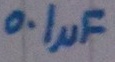
Text: 0.1µF